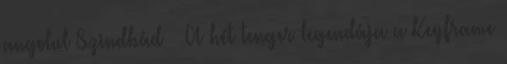
angolul Szindbád – A hét tenger legendája a Keyframe